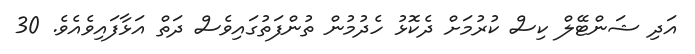
އަދި ޝަންޓޭލް ކިސް ކުރުމަށް ދެކޮޅު ހެދުމުން ތުންފަތުގައިވެސް ދަތް އަޅާފައިވެއެވެ. 30